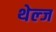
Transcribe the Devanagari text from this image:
थेल्ज